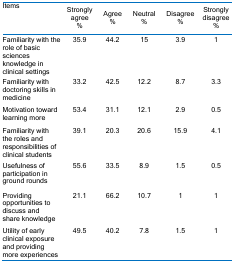
<table><thead><tr><td><b>Items</b></td><td><b>Strongly agree%</b></td><td><b>Agree%</b></td><td><b>Neutral%</b></td><td><b>Disagree%</b></td><td><b>Strongly disagree %</b></td></tr></thead><tbody><tr><td>Familiarity with the role of basic sciences knowledge in clinical settings</td><td>35.9</td><td>44.2</td><td>15</td><td>3.9</td><td>1</td></tr><tr><td>Familiarity with doctoring skills in medicine</td><td>33.2</td><td>42.5</td><td>12.2</td><td>8.7</td><td>3.3</td></tr><tr><td>Motivation toward learning more</td><td>53.4</td><td>31.1</td><td>12.1</td><td>2.9</td><td>0.5</td></tr><tr><td>Familiarity withthe roles and responsibilities of clinical students</td><td>39.1</td><td>20.3</td><td>20.6</td><td>15.9</td><td>4.1</td></tr><tr><td>Usefulness of participation in ground rounds</td><td>55.6</td><td>33.5</td><td>8.9</td><td>1.5</td><td>0.5</td></tr><tr><td>Providing opportunities to discuss andshare knowledge</td><td>21.1</td><td>66.2</td><td>10.7</td><td>1</td><td>1</td></tr><tr><td>Utility of early clinical exposure and providing more experiences</td><td>49.5</td><td>40.2</td><td>7.8</td><td>1.5</td><td>1</td></tr></tbody></table>